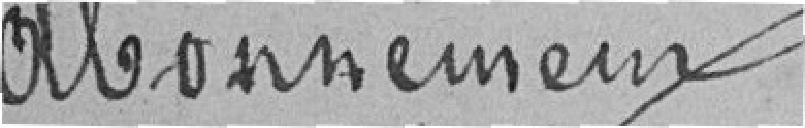
Abonnement